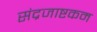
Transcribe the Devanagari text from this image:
संद्रजाष्टकम